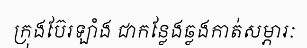
ក្រុងប៊ែរឡាំង ជាកន្លែងឆ្លងកាត់សម្ភារៈ